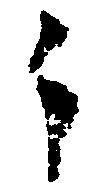
々